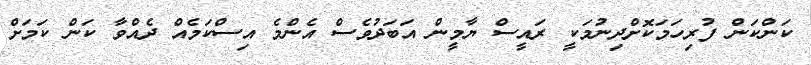
ކަންކަން ފުރިހަމަކޮށްދިނުމަކީ ރައީސް ޔާމީން އަބަދުވެސް އެންމެ އިސްކަމެއް ދެއްވާ ކަން ކަމަށް